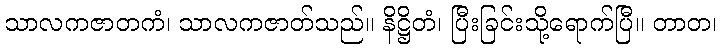
သာလကဇာတကံ၊ သာလကဇာတ်သည်။ နိဋ္ဌိတံ၊ ပြီးခြင်းသို့ရောက်ပြီ။ တာတ၊